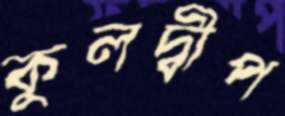
কুলদ্বীপ